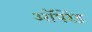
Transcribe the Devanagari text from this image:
ऑपरेंड